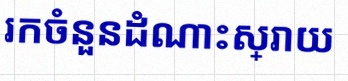
រកចំនួនដំណោះស្រាយ